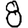
Digit: 8